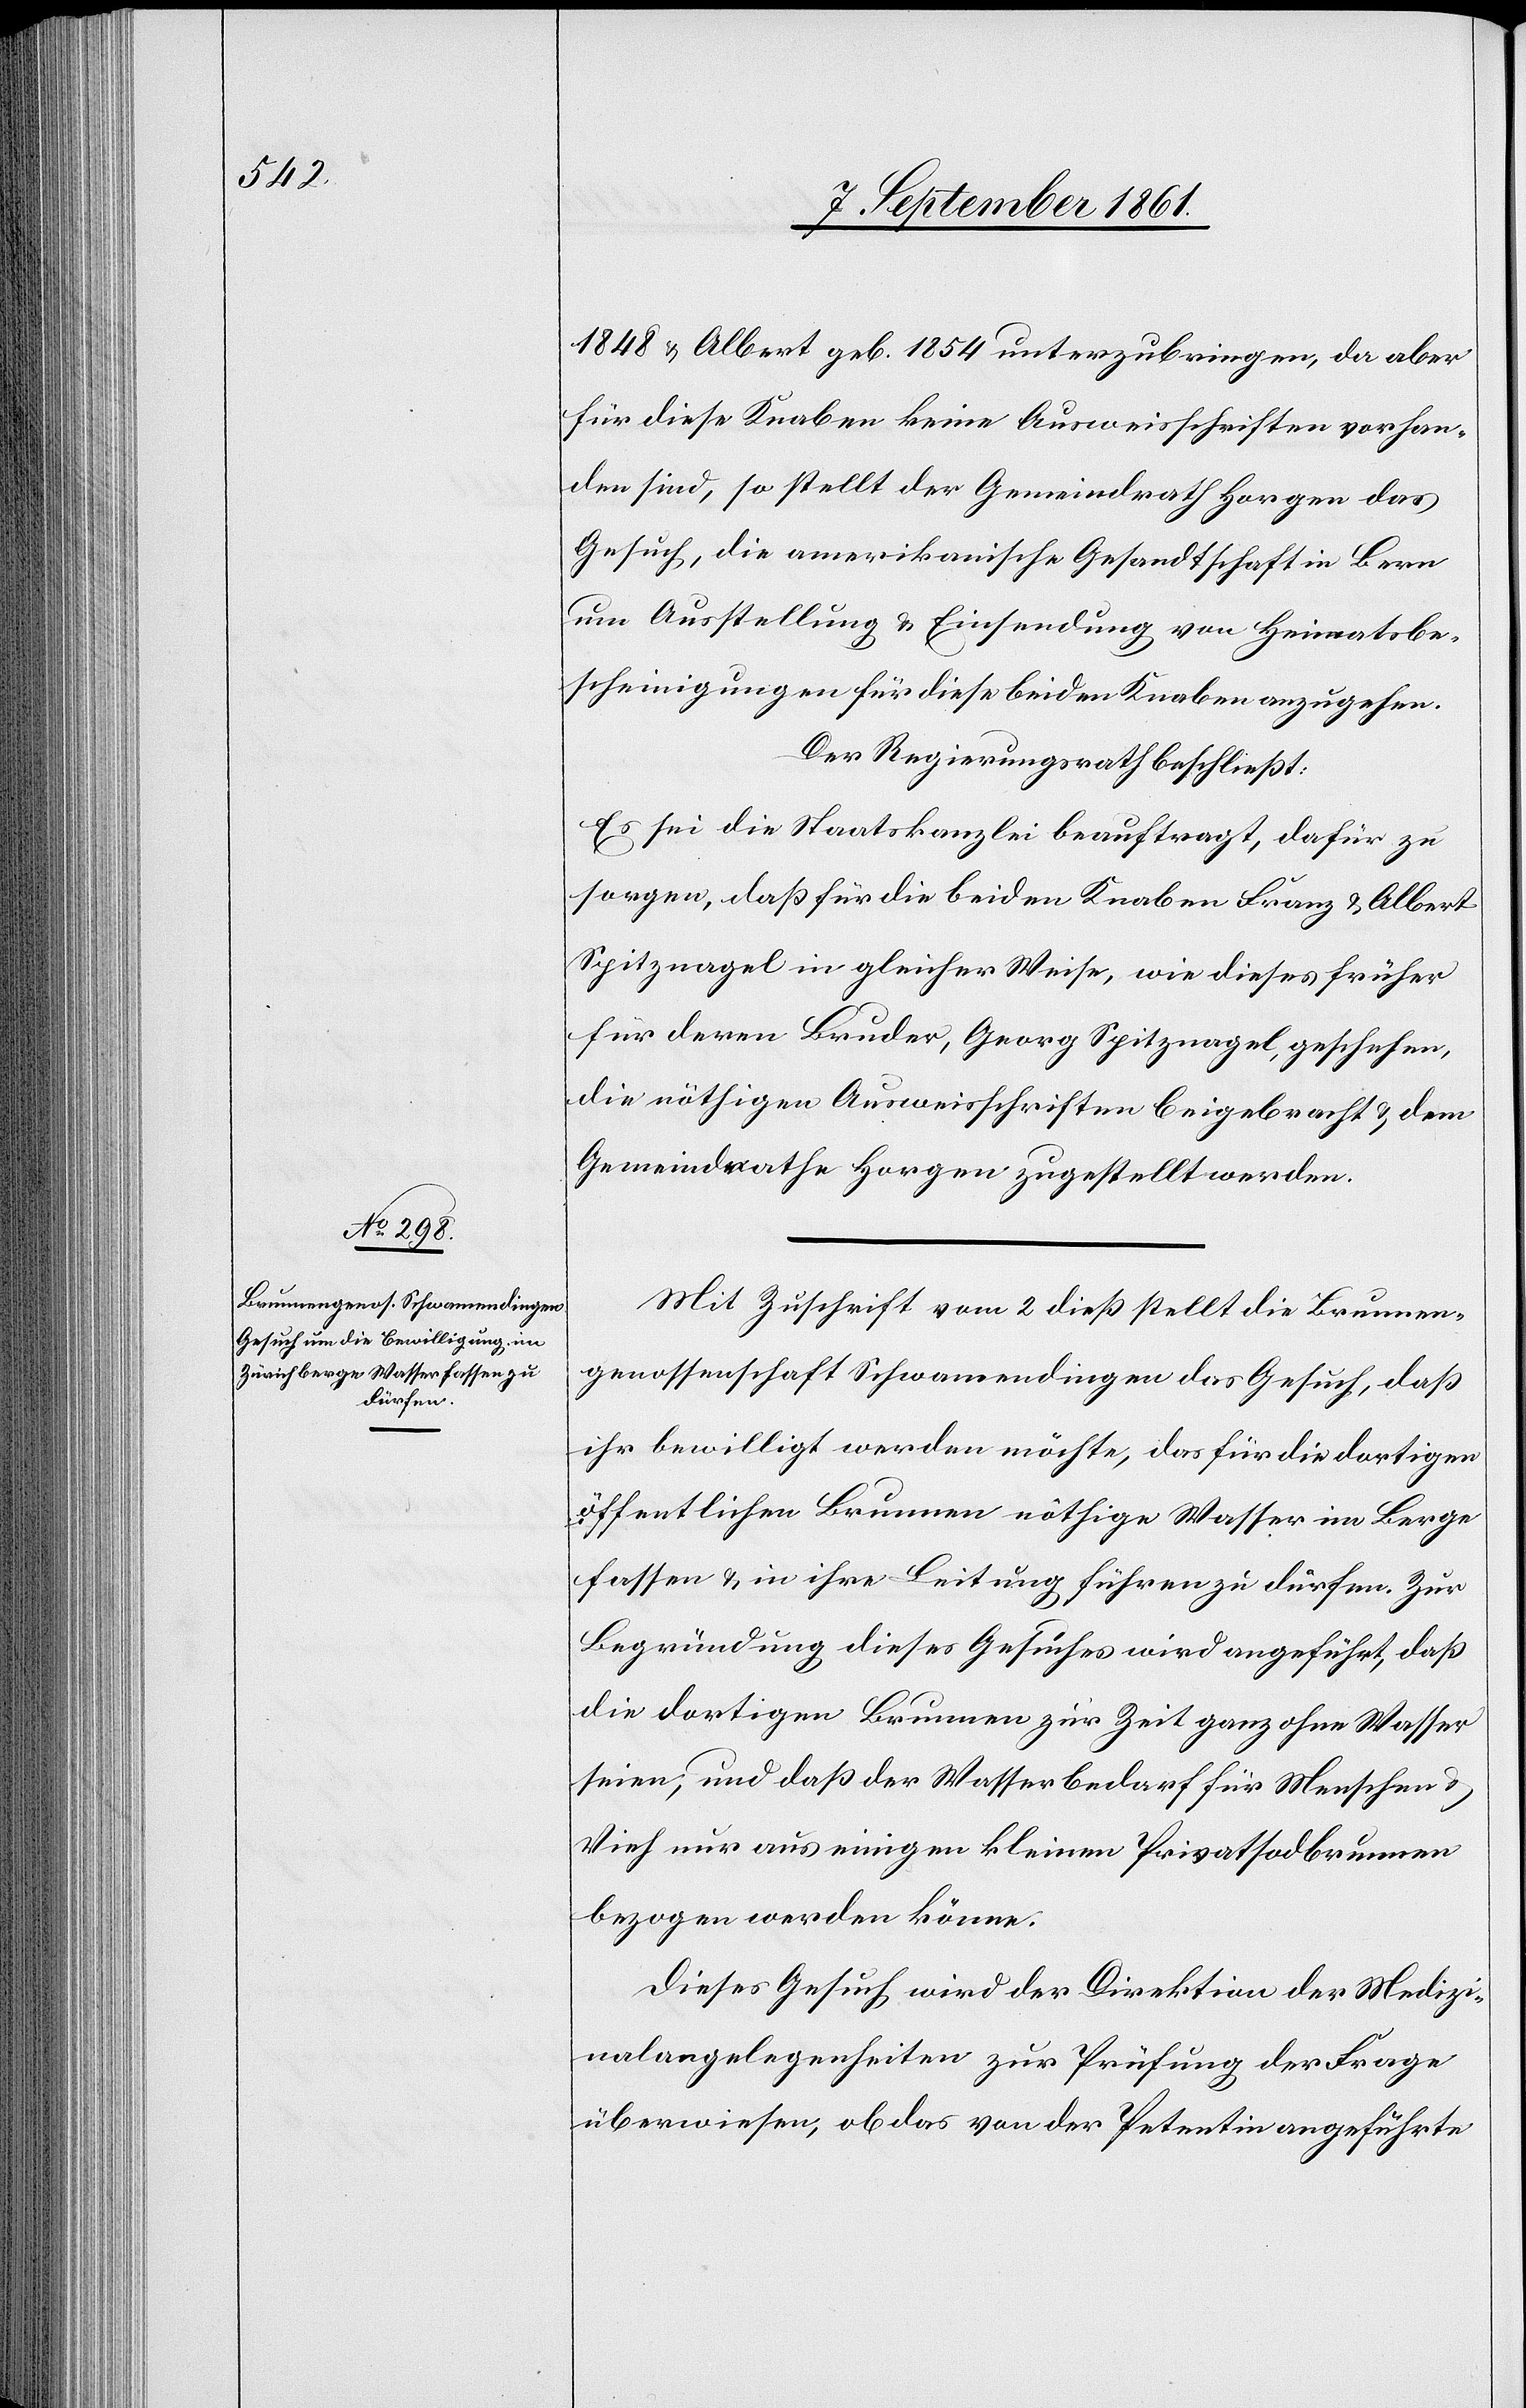
1848 u. Albert geb. 1854 unterzubringen, da aber
für diese Knaben keine Ausweisschriften vorhan¬
den sind, so stellt der Gemeindrath Horgen das
Gesuch, die amerikanische Gesandtschaft in Bern
um Ausstellung u. Einsendung von Heimatbe¬
scheinigungen für diese beiden Knaben anzugehen.
Der Regierungsrath beschließt:
Es sei die Staatskanzlei beauftragt, dafür zu
sorgen, daß für die beiden Knaben Franz u. Albert
Spitznagel in gleicher Weise, wie dieses früher
für deren Bruder, Georg Spitznagel, geschehen,
die nöthigen Ausweisschriften beigebracht u. dem
Gemeindrathe Horgen zugestellt werden.
Mit Zuschrift vom 2 dieß stellt die Brunnen¬
genossenschaft Schwamendingen das Gesuch, daß
ihr bewilligt werden möchte, das für die dortigen
öffentlichen Brunnen nöthige Wasser im Berge
fassen u. in ihre Leitung führen zu dürfen. Zur
Begründung dieses Gesuches wird angeführt, daß
die dortigen Brunnen zur Zeit ohne Wasser
seien, und daß der Wasserbedarf für Menschen u.
Vieh nur aus einigen kleinen Privatsodbrunnen
bezogen werden könne.
Dieses Gesuch wird der Direktion der Medizi¬
nalangelegenheiten zur Prüfung der Frage
überwiesen, ob das von der Petentin angeführte